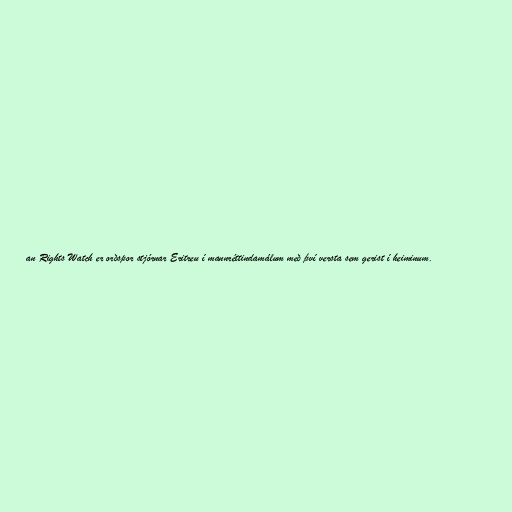
an Rights Watch er orðspor stjórnar Eritreu í mannréttindamálum með því versta sem gerist í heiminum.